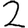
Digit: 2